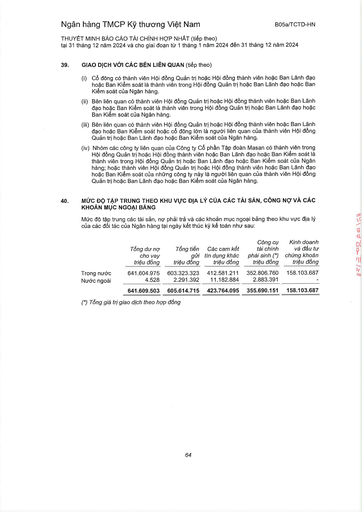
||Tổng dư nợ cho vay triệu đồng|Tổng tiền gửi triệu đồng|Các cam kết tín dụng khác triệu đồng|Công cụ tài chính phái sinh (*) triệu đồng|Kinh doanh và đầu tư chứng khoán triệu đồng| |---|---|---|---|---|---| |Trong nước|641.604.975|603.323.323|412.581.211|352.806.760|158.103.687| |Nước ngoài|4.528|2.291.392|11.182.884|2.883.391|| ||641.609.503|605.614.715|423.764.095|355.690.151|158.103.687|